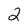
Character: 2